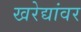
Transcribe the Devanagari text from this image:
खरेद्यांवर